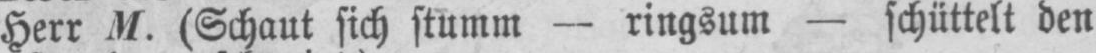
Herr M. (Schaut sich stumm - ringsum - schüttelt den